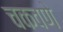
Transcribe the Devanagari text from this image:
चकवणे